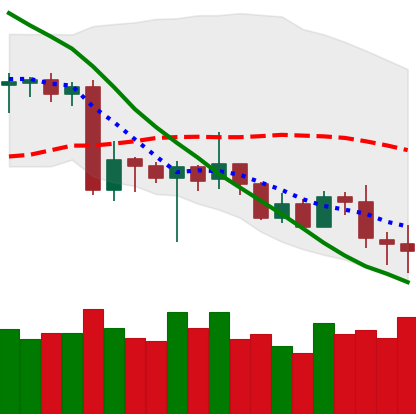
Ticker: XRP-USD
Chart end date: 2020-06-26
Forward return: -3.118%
Label: down_3_5